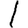
Digit: 1